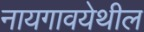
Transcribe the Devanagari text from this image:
नायगावयेथील